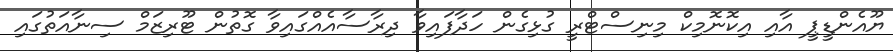
ޔޫއެންޑީޕީ އާއި އިކޮނޮމިކް މިނިސްޓްރީ ގުޅިގެން ހަދާފައިވާ ދިރާސާއެއްގައިވާ ގޮތުން ޓޫރިޒަމް ސިނާއަތުގައި